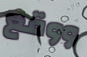
ووقع